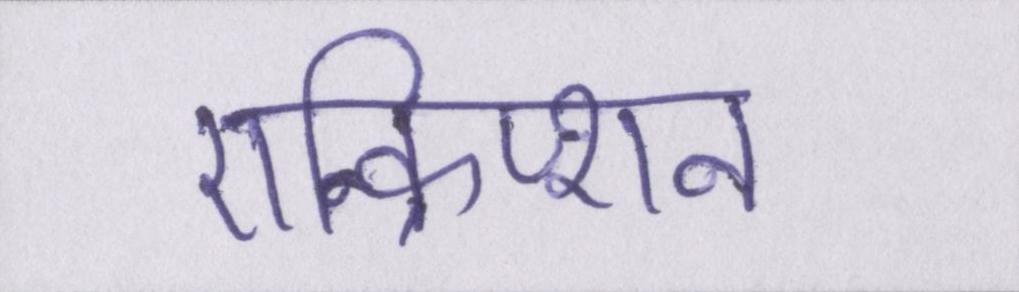
एन्क्रिप्शन